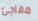
مفاجئ